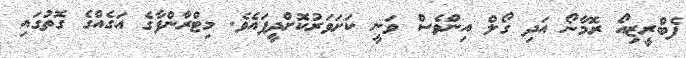
ފެބްރީޒިއޯ ރޮމާނޯ އަދި ގޯލް އިންވެސް ވަނީ ކަށަވަރުކޮށްދީފައެވެ. މިޓްރާންފާގެ އަގެއްގެ ގޮތުގައި